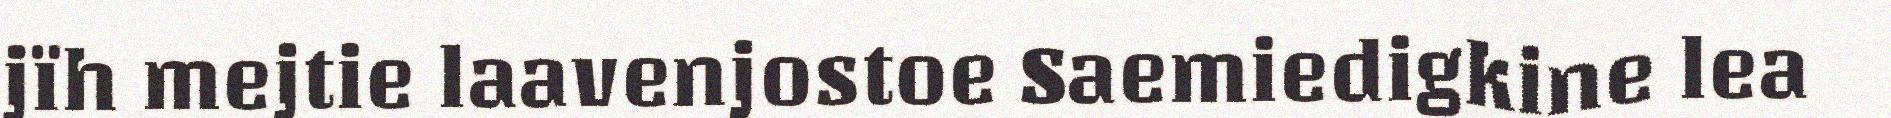
jïh mejtie laavenjostoe Saemiedigkine lea